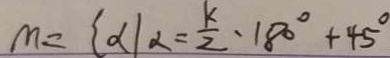
m = \{ \alpha \vert \alpha = \frac { k } { 2 } \cdot 1 8 0 ^ { \circ } + 4 5 ^ { \circ }